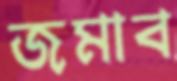
জমাব